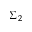
\Sigma _ { 2 }